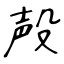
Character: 殸